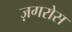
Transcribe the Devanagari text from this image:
ज़गरोस